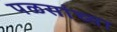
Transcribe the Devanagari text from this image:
पळसांच्या